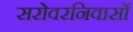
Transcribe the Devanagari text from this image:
सरोवरनिवासों